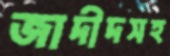
জাদীদসহ